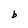
Character: b